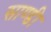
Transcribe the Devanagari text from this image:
साण्‍डी